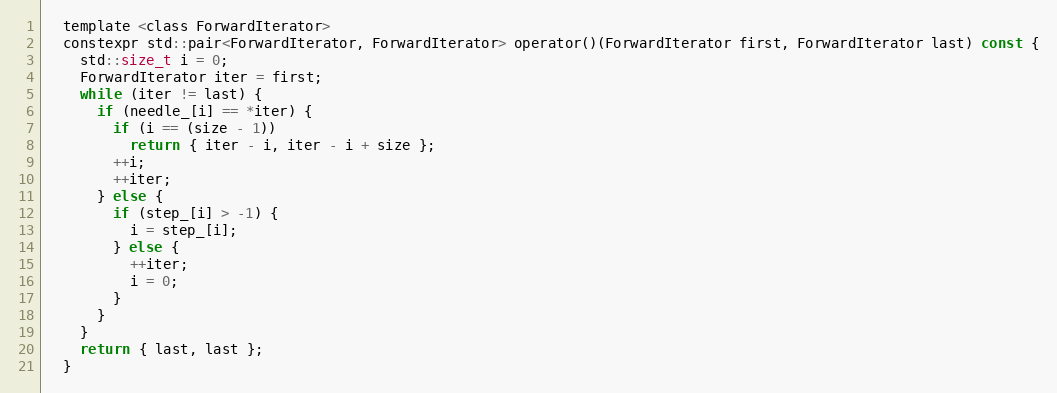
Language: C
  template <class ForwardIterator>
  constexpr std::pair<ForwardIterator, ForwardIterator> operator()(ForwardIterator first, ForwardIterator last) const {
    std::size_t i = 0;
    ForwardIterator iter = first;
    while (iter != last) {
      if (needle_[i] == *iter) {
        if (i == (size - 1))
          return { iter - i, iter - i + size };
        ++i;
        ++iter;
      } else {
        if (step_[i] > -1) {
          i = step_[i];
        } else {
          ++iter;
          i = 0;
        }
      }
    }
    return { last, last };
  }